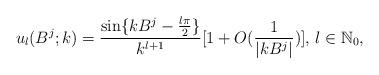
LaTeX: \begin{align*}u_l(B^j;k)=\frac{\sin\{kB^j-\frac{l\pi}{2}\}}{{k}^{l+1}}[1+O(\frac{1}{|kB^j|})],\, l\in\mathbb{N}_0,\end{align*}